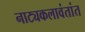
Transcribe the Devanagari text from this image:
नाट्यकलावंतांत